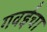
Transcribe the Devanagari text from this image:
गवईंचा